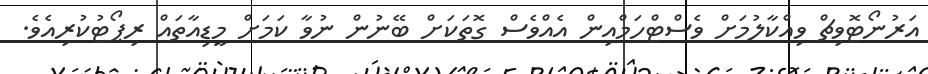
އަރުނޯޓޮވިޗް ވިއްކާލުމަށް ވެސްޓްހަމްއިން އެއްވެސް ގޮތަކަށް ބޭނުން ނުވާ ކަމަށް މީޑިއާތައް ރިޕޯޓުކުރިއެވެ.